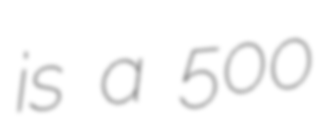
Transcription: is a 500